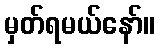
မှတ်ရမယ်နော်။